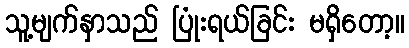
သူ့မျက်နှာသည် ပြုံးရယ်ခြင်း မရှိတော့။